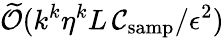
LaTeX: \widetilde{\cal O}(k^{k}\eta^{k}L\, {\cal C}_{\mathrm{samp}}/\epsilon^{2})